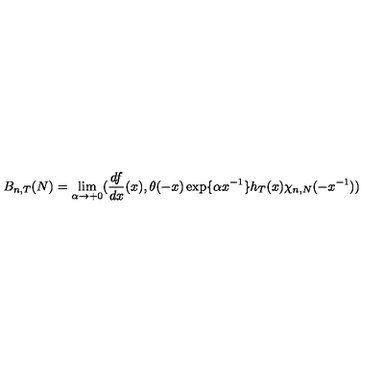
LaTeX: B _ { n , T } ( N ) = \lim _ { \alpha \rightarrow + 0 } ( \frac { d f } { d x } ( x ) , \theta ( - x ) \exp \{ \alpha x ^ { - 1 } \} h _ { T } ( x ) \chi _ { n , N } ( - x ^ { - 1 } ) )